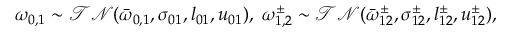
\begin{array} { r } { \omega _ { 0 , 1 } \sim \mathcal { T N } ( \bar { \omega } _ { 0 , 1 } , \sigma _ { 0 1 } , l _ { 0 1 } , u _ { 0 1 } ) , \; \omega _ { 1 , 2 } ^ { \pm } \sim \mathcal { T N } ( \bar { \omega } _ { 1 2 } ^ { \pm } , \sigma _ { 1 2 } ^ { \pm } , l _ { 1 2 } ^ { \pm } , u _ { 1 2 } ^ { \pm } ) , } \end{array}